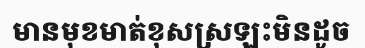
មានមុខមាត់ខុសស្រឡះមិនដូច